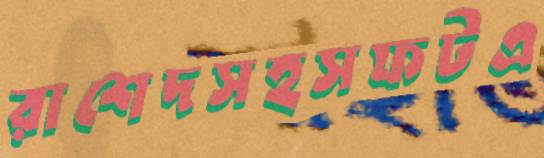
রাশেদসহসফটএ